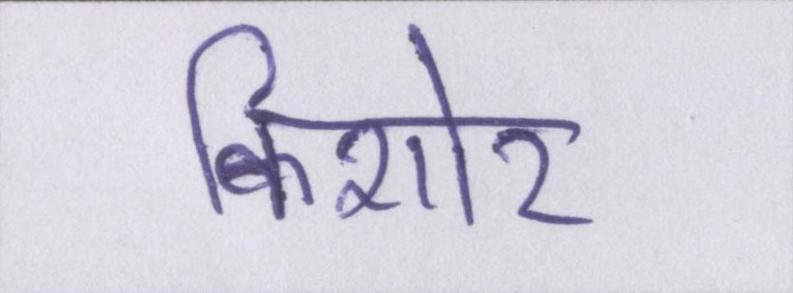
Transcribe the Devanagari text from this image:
किशोर